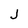
Character: j